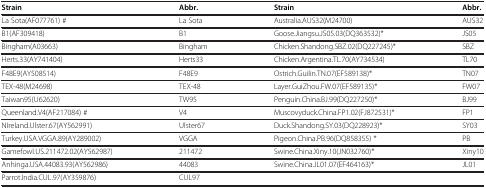
| Strain | Abbr. | Strain | Abbr. |
 | --- | --- | --- | --- |
 | La Sota(AF077761) # | La Sota | Australia.AUS32(M24700) | AUS32 |
 | B1(AF309418) | B1 | Goose.Jiangsu.JS05.03(DQ363532)* | JS05 |
 | Bingham(A03663) | Bingham | Chicken.Shandong.SBZ.02(DQ227245)* | SBZ |
 | Herts.33(AY741404) | Herts33 | Chicken.Argentina.TL.70(AY734534) | TL70 |
 | F48E9(AY508514) | F48E9 | Ostrich.Guilin.TN.07(EF589138)* | TN07 |
 | TEX-48(M24698) | TEX-48 | Layer.GuiZhou.FW.07(EF589135)* | FW07 |
 | Taiwan95(U62620) | TW95 | Penguin.China.BJ.99(DQ227250)* | BJ99 |
 | Queenland.V4(AF217084) # | V4 | Muscovyduck.China.FP1.02(FJ872531)* | FP1 |
 | NIreland.Ulster.67(AY562991) | Ulster67 | Duck.Shandong.SY.03(DQ228923)* | SY03 |
 | Turkey.USA.VGGA.89(AY289002) | VGGA | Pigeon.China.PB.96(DQ858355) * | PB |
 | Gamefowl.US.211472.02(AY562987) | 211472 | Swine.China.Xiny.10(JN032760)* | Xiny10 |
 | Anhinga.USA.44083.93(AY562986) | 44083 | Swine.China.JL01.07(EF464163)* | JL01 |
 | Parrot.India.CUL.97(AY359876) | <COLSPAN=3> CUL97 |